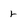
Character: r